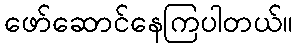
ဖော်ဆောင်နေကြပါတယ်။